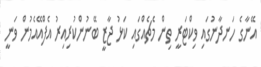
އޭނާގެ ހަނދާނުގައި ވިކްޓަރީ ތިން މެޗެއްގައި ކަޅު ޖާޒީ ބޭނުންކުރިއިރު އެފްއޭއެމުން ވަނީ